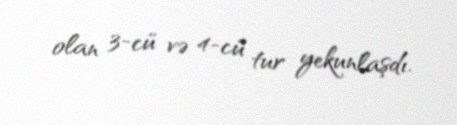
olan 3-cü və 4-cü tur yekunlaşdı.